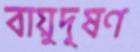
বায়ুদূষণ